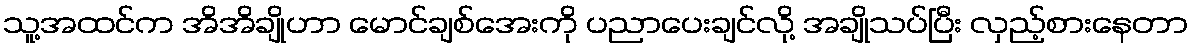
သူ့အထင်က အိအိချိုဟာ မောင်ချစ်အေးကို ပညာပေးချင်လို့ အချိုသပ်ပြီး လှည့်စားနေတာ